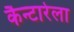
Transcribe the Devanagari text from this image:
कैन्टारेला